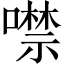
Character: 噤